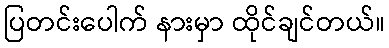
ပြတင်းပေါက် နားမှာ ထိုင်ချင်တယ်။